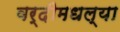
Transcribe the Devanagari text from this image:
वर्दीमधल्या